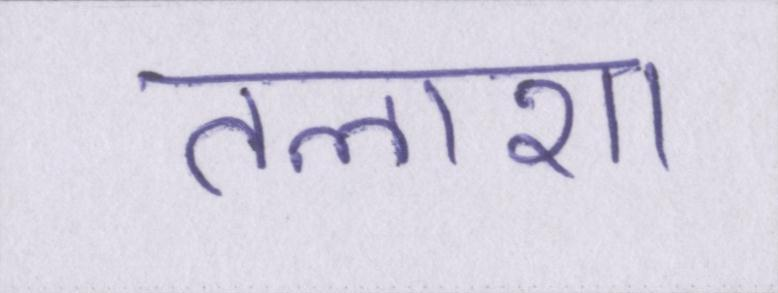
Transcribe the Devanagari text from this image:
तलाशा